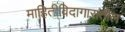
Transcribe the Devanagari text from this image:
माहितीविदागारातील